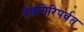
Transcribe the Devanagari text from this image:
देवगिरिपर्वत